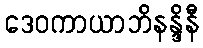
ဒေဝကာယာဘိနန္ဒိနီ